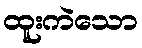
ထူးကဲသော